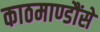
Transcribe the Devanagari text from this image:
काठमाण्डौंसे